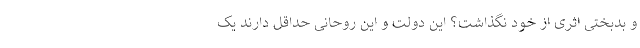
و بدبختی اثری از خود نگذاشت؟ این دولت و این روحانی حداقل دارند یک